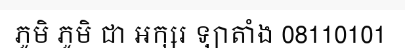
ភូមិ ភូមិ ជា អក្សរ ឡាតាំង 08110101